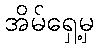
အိမ်ရှေ့မှ